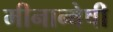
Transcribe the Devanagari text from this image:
मीनान्वेषी